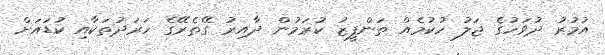
އުމުރު ދުވަހުގެ ޖަލު ހުކުމެއް ތަންފީޒު ކުރަމުން ދާއިރު ގޭތެރޭގެ ހަރަދުތަކާއި ކުޑައަށް